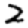
Digit: 2